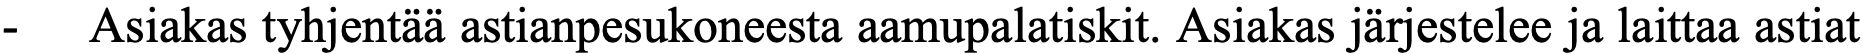
-  Asiakas tyhjentää astianpesukoneesta aamupalatiskit. Asiakas järjestelee ja laittaa astiat